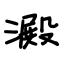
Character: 淀